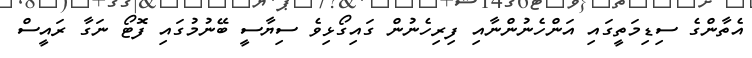
އެތާންގެ ސިޑިމަތީގައި އަންހެނުންނާއި ފިރިހެނުން ގައިގޯޅިވެ ސިޔާސީ ބޭނުމުގައި ފޮޓޯ ނަގާ ރައީސް